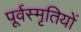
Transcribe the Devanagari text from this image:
पूर्वस्मृतियों